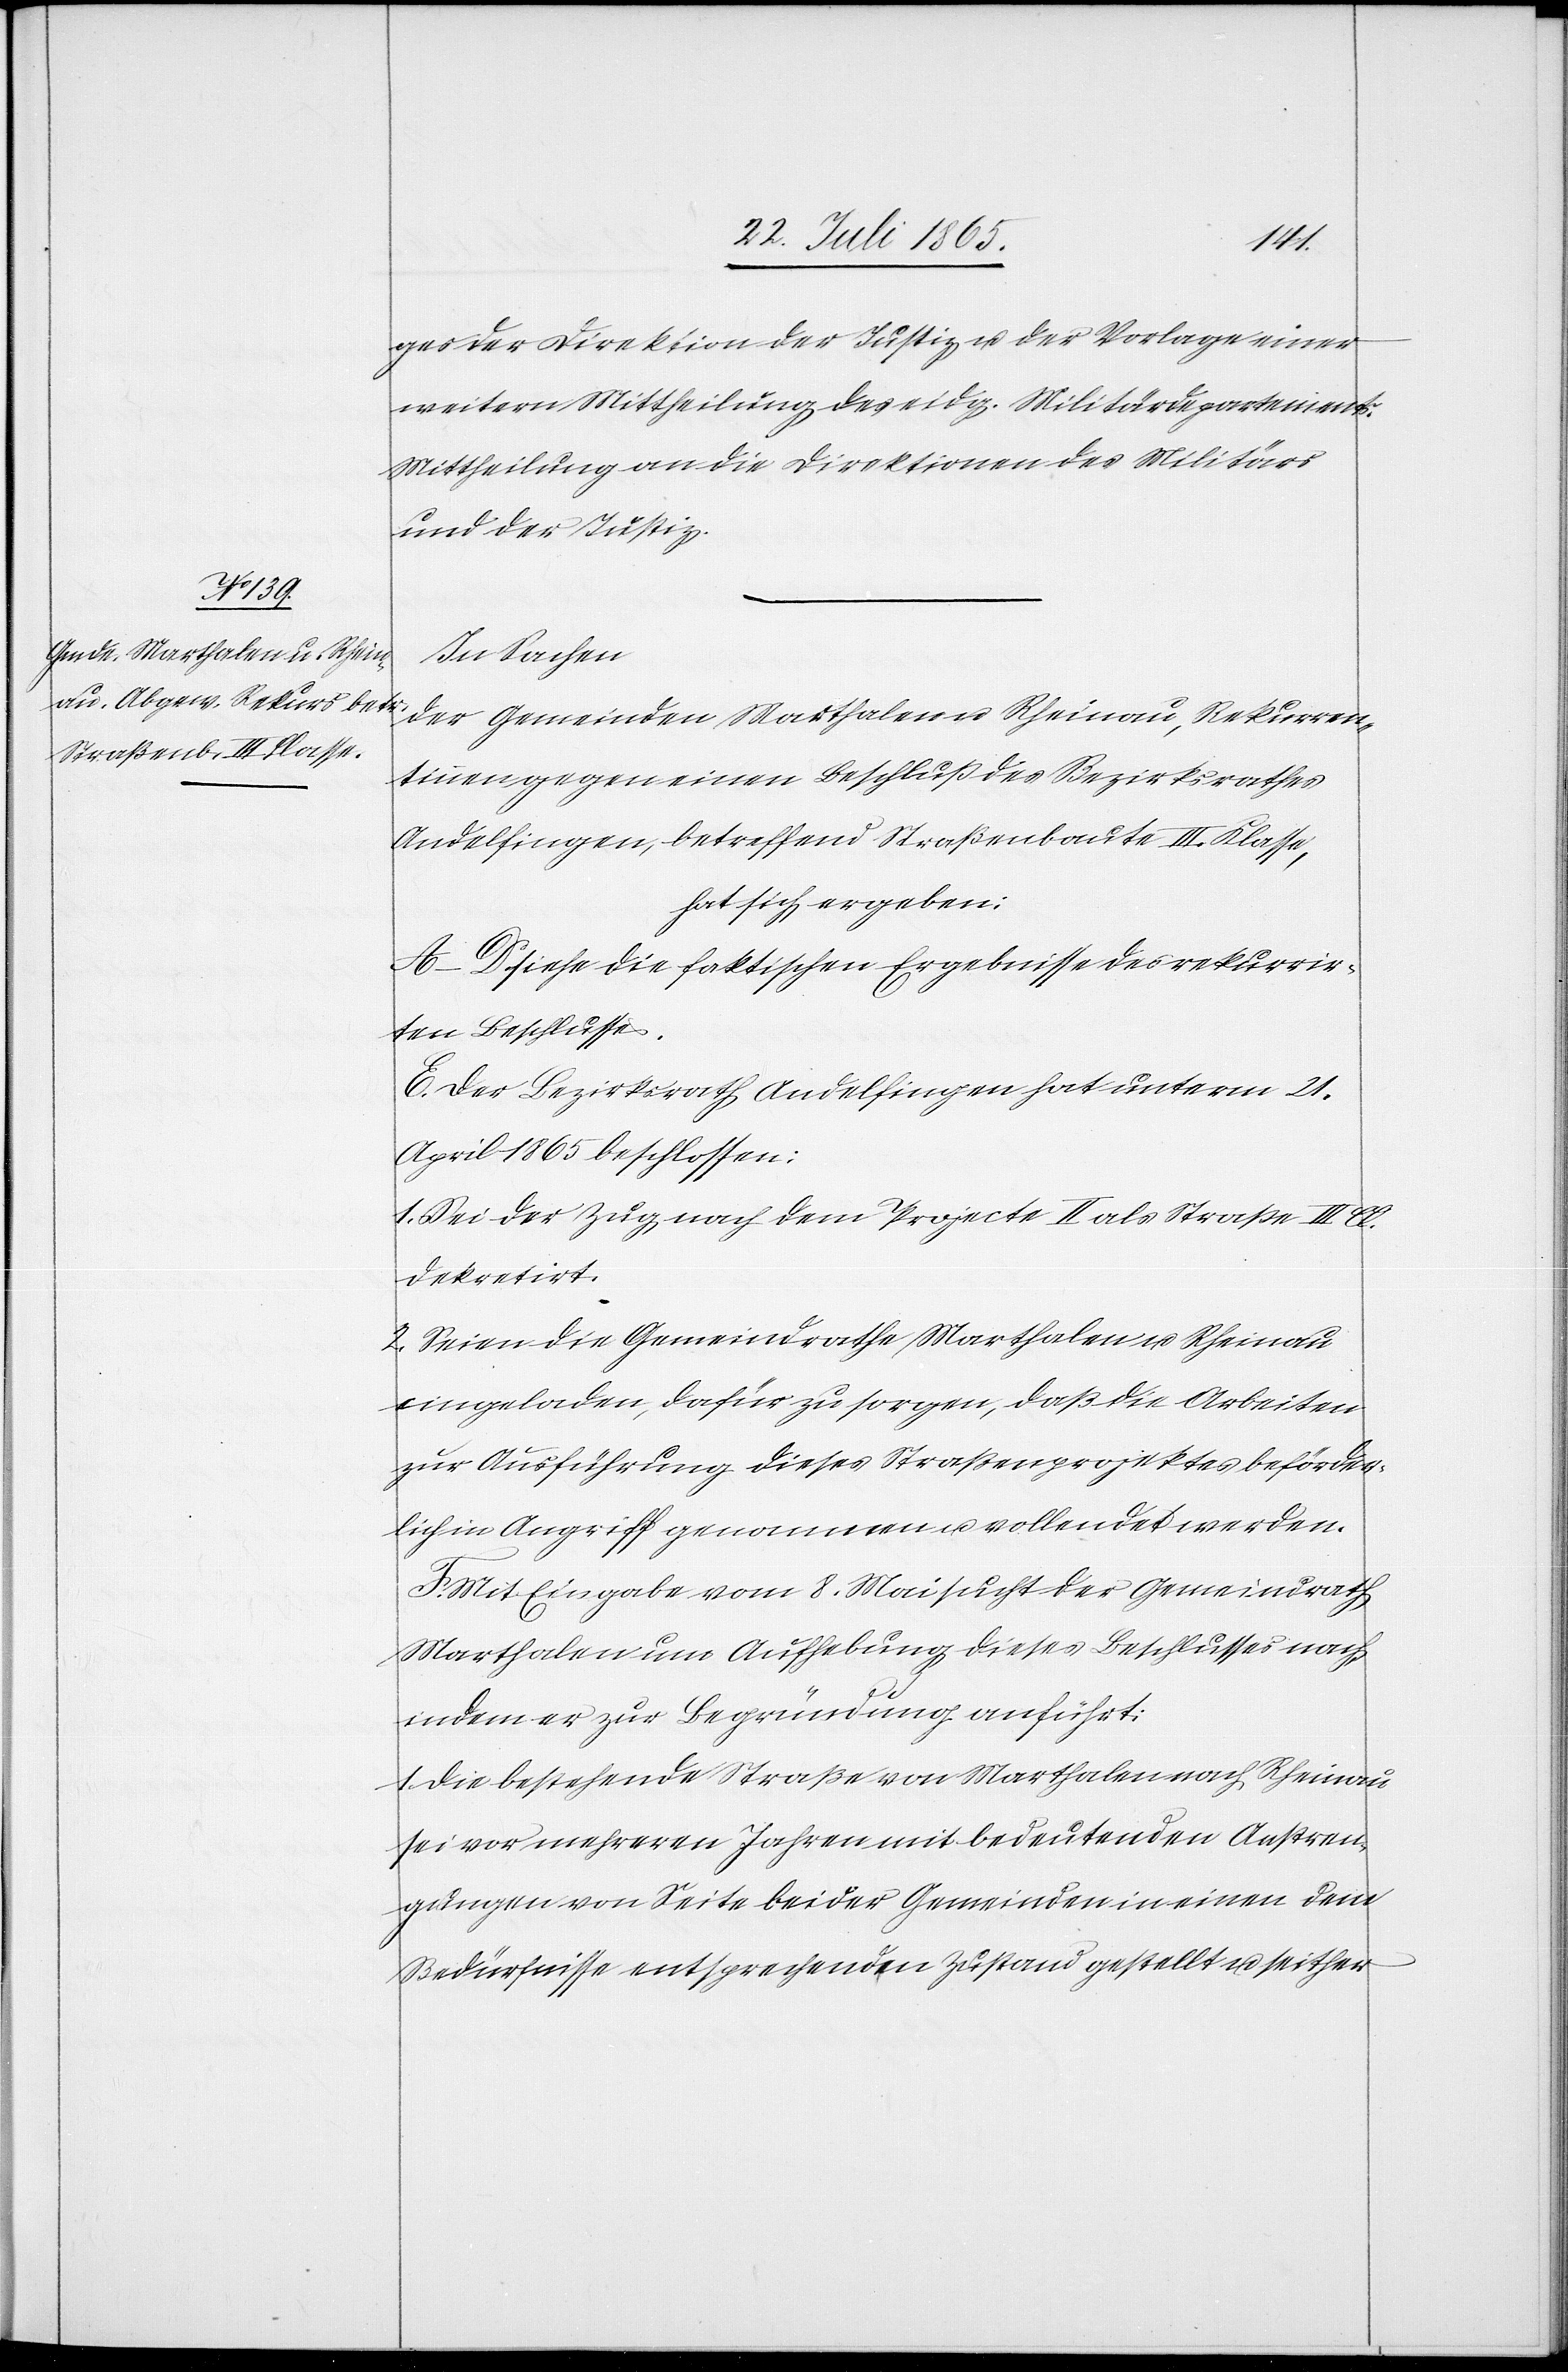
ges der Direktion der Justiz u. der Vorlage einer
weitern Mittheilung des eidg. Militärdepartements.
Mittheilung an die Direktionen des Militärs
und der Justiz.
In Sachen
der Gemeinden Marthalen u. Rheinau, Rekurren¬
tinnen gegen einen Beschluß des Bezirksrathes
Andelfingen, betreffend Straßenbaute III. Klasse,
hat sich ergeben:
A–D siehe die faktischen Ergebnisse des rekurrir¬
ten Beschlusses.
E. Der Bezirksrath Andelfingen hat unterm 21.
April 1865 beschlossen:
1. Sei der Zug nach dem Projecte II als Straße III. Cl.
dekretirt.
2. Seien die Gemeindrathe Marthalen u. Rheinau
eingeladen, dafür zu sorgen, daß die Arbeiten
zur Ausführung dieses Straßenprojektes beförder¬
lich in Angriff genommen u. vollendet werden.
Mit Eingabe vom 8. Mai sucht der Gemeindrath
Marthalen um Aufhebung dieses Beschlusses nach
indem er zur Begründung anführt:
1. Die bestehende Straße von Marthalen nach Rheinau
sei vor mehreren Jahren mit bedeutenden Anstren¬
gungen von Seite beider Gemeinden in einen dem
Bedürfnisse entsprechenden Zustand gestellt u. seither